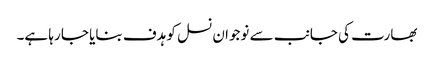
بھارت کی جانب سے نوجوان نسل کو ہدف بنایا جا رہا ہے۔